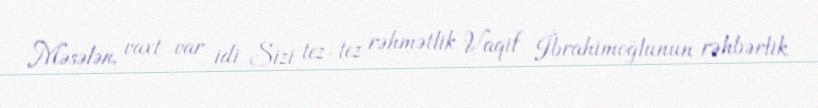
Məsələn, vaxt var idi Sizi tez-tez rəhmətlik Vaqif İbrahimoğlunun rəhbərlik